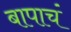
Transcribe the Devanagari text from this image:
बापाचं